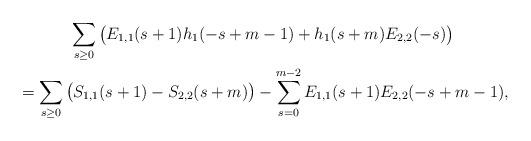
LaTeX: \begin{gather*}\sum_{s \geq 0} \big( E_{1,1}(s+1)h_1(-s+m-1) + h_1(s+m)E_{2,2}(-s) \big)\\{}=\sum_{s \geq 0} \big( S_{1,1}(s+1)-S_{2,2}(s+m) \big) - \sum_{s=0}^{m-2} E_{1,1}(s+1)E_{2,2}(-s+m-1),\end{gather*}